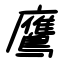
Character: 鷹